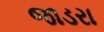
જાડરા